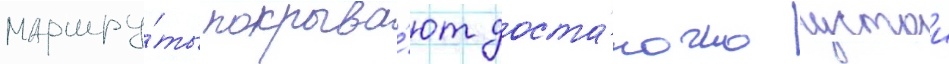
маршру́ты покрыва́ют доста́точно густои